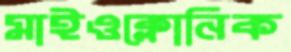
মাইওক্লোনিক